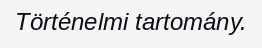
Történelmi tartomány.